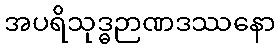
အပရိသုဒ္ဓဉာဏဒဿနော